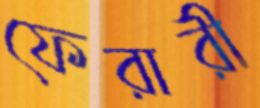
ফেরারী